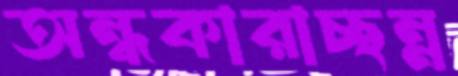
অন্ধকারাচ্ছন্ন